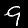
Digit: 9